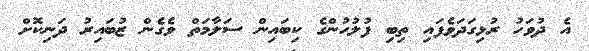
އެ ދުވަހު ރުޅިގަދަވެފައި ތިބި ފުލުހުންގެ ކިބައިން ސަލާމަތް ވެގެން ޒުބައިރު ދަނިކޮށް